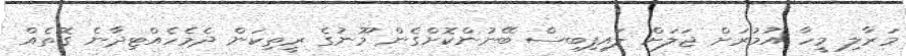
މަރާލި މީހާ އުމުރަށް ޖަލަށް ލައިފިބިސް ބޭނުންކޮށްގެން މޫނުގެ ރީތިކަން ދެމެހެއްޓިދާނެ ގޮތެއް